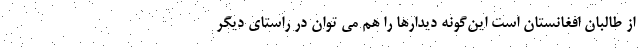
از طالبان افغانستان است این‌گونه دیدارها را هم می توان در راستای دیگر